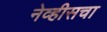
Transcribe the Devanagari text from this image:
नेव्हीसचा